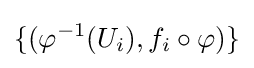
\{(\varphi ^{-1}(U_{i}),f_{i}\circ \varphi )\}